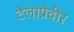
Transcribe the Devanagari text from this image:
टेलाप्रेवीर